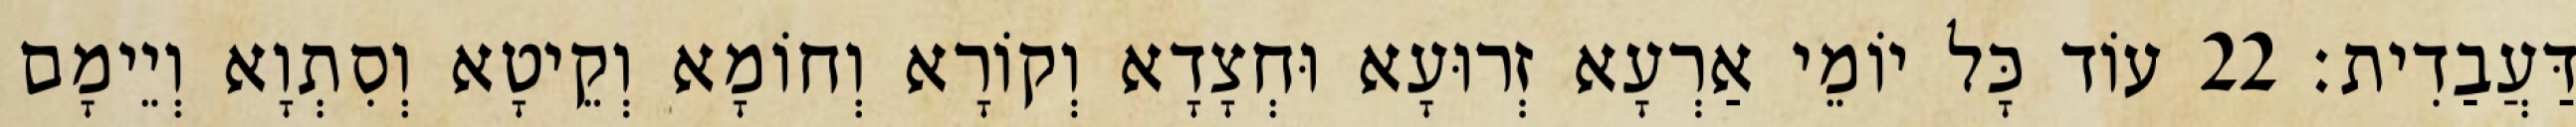
דַּעֲבַדִית׃ 22 עוֹד כָּל יוֹמֵי אַרְעָא זְרוּעָא וּחְצָדָא וְקוֹרָא וְחוֹמָא וְקֵיטָא וְסִתְוָא וְיֵימָם